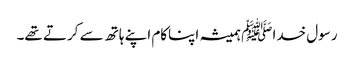
رسول خدا ﷺ ہمیشہ اپناکام اپنے ہاتھ سے کرتے تھے۔